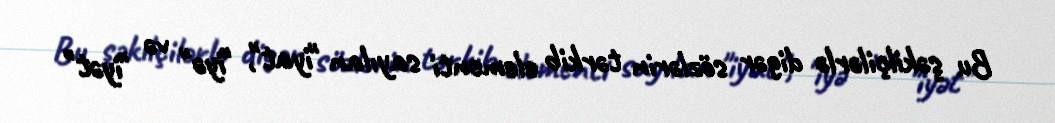
Bu şəkilçilərlə digər sözlərin tərkib elementi sayılan "iyat", "iyə" və "iyət"